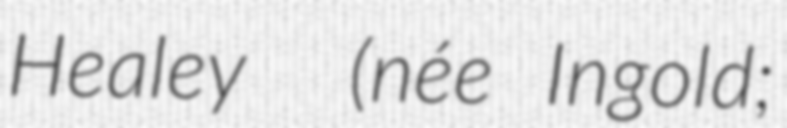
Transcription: Healey  (née Ingold;